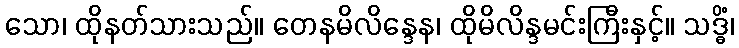
သော၊ ထိုနတ်သားသည်။ တေနမိလိန္ဒေန၊ ထိုမိလိန္ဒမင်းကြီးနှင့်။ သဒ္ဓိံ၊